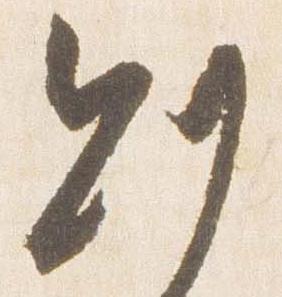
則